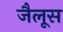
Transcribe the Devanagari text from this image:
जैलूस